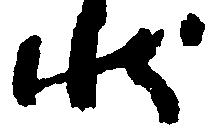
状